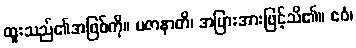
ထူးသည်၏အဖြစ်ကို။ ပဇာနာတိ၊ အပြားအားဖြင့်သိ၏။ ဧဝံ၊